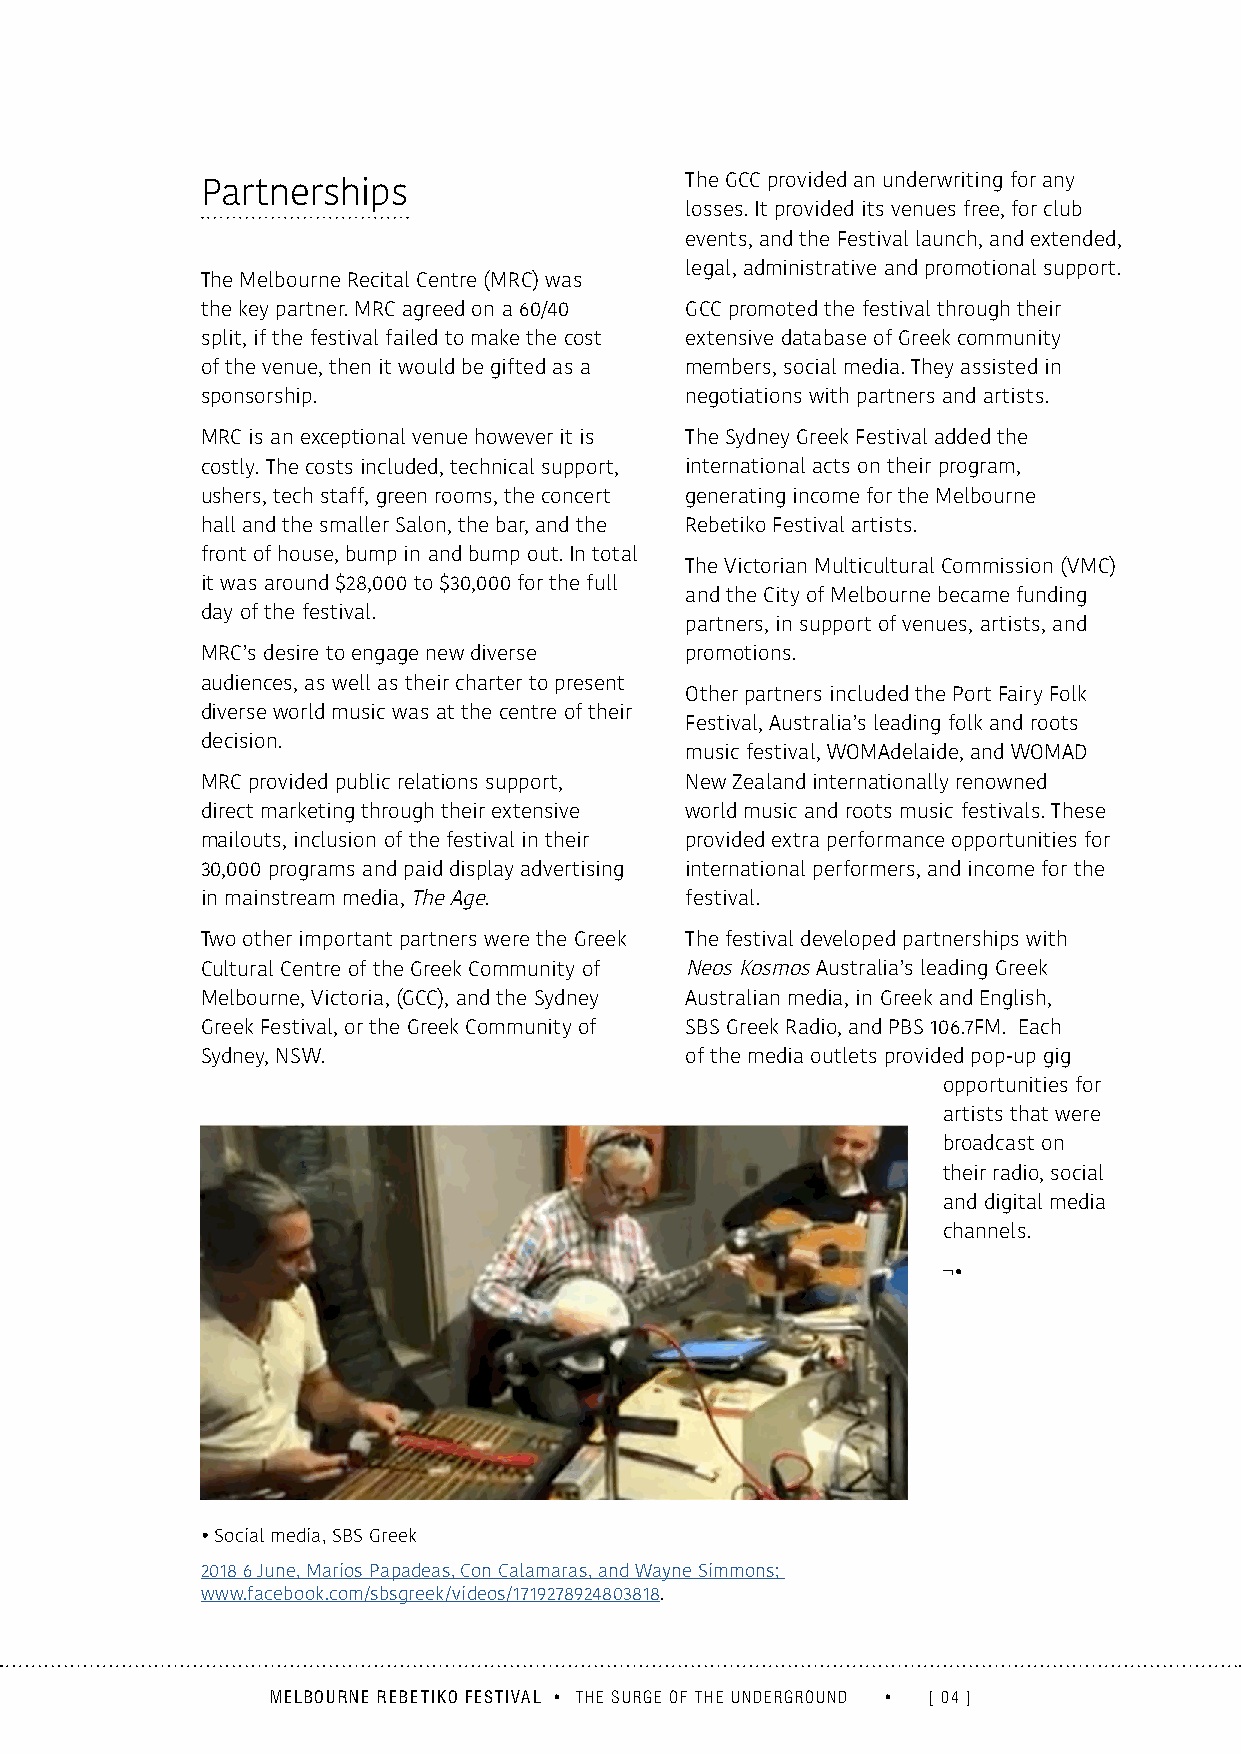
The GCC provided an underwriting for any
 Partnerships
 losses. It provided its venues free, for club
 events, and the Festival launch, and extended,
 legal, administrative and promotional support.
 The Melbourne Recital Centre (MRC) was
 the key partner. MRC agreed on a 60/40 GCC promoted the festival through their
 split, if the festival failed to make the cost extensive database of Greek community
 of the venue, then it would be gifted as a members, social media. They assisted in
 sponsorship.                    negotiations with partners and artists.
 MRC is an exceptional venue however it is The Sydney Greek Festival added the
 costly. The costs included, technical support, international acts on their program,
 ushers, tech staff, green rooms, the concert generating income for the Melbourne
 hall and the smaller Salon, the bar, and the Rebetiko Festival artists.
 front of house, bump in and bump out. In total
 The Victorian Multicultural Commission (VMC)
 it was around $28,000 to $30,000 for the full
 and the City of Melbourne became funding
 day of the festival.
 partners, in support of venues, artists, and
 MRC’s desire to engage new diverse promotions.
 audiences, as well as their charter to present
 Other partners included the Port Fairy Folk
 diverse world music was at the centre of their
 Festival, Australia’s leading folk and roots
 decision.
 music festival, WOMAdelaide, and WOMAD
 MRC provided public relations support, New Zealand internationally renowned
 direct marketing through their extensive world music and roots music festivals. These
 mailouts, inclusion of the festival in their provided extra performance opportunities for
 30,000 programs and paid display advertising international performers, and income for the
 in mainstream media, The Age.   festival.
 Two other important partners were the Greek The festival developed partnerships with
 Cultural Centre of the Greek Community of Neos Kosmos Australia’s leading Greek
 Melbourne, Victoria, (GCC), and the Sydney Australian media, in Greek and English,
 Greek Festival, or the Greek Community of SBS Greek Radio, and PBS 106.7FM. Each
 Sydney, NSW.                    of the media outlets provided pop-up gig
 opportunities for
 artists that were
 broadcast on
 their radio, social
 and digital media
 channels.
 ¬•
 • Social media, SBS Greek
 2018 6 June, Marios Papadeas, Con Calamaras, and Wayne Simmons;
 www.facebook.com/sbsgreek/videos/1719278924803818.
 MELBOURNE REBETIKO FESTIVAL • THE SURGE OF THE UNDERGROUND • [ 04 ]